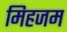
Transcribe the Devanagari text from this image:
मिहजम